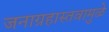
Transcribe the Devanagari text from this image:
जनाग्रहास्तवामुळे